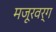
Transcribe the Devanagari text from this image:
मजूरवर्ग